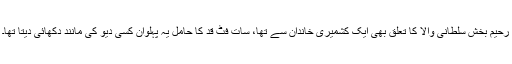
رحیم بخش سلطانی والا کا تعلق بھی ایک کشمیری خاندان سے تھا، سات فٹ قد کا حامل یہ پہلوان کسی دیو کی مانند دکھائی دیتا تھا۔